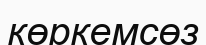
көркемсөз